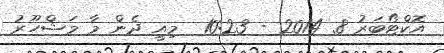
އޮކްޓޯބަރު 8